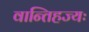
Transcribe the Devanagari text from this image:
वान्तिहज्यः